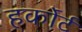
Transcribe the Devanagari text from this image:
हर्कोर्ट